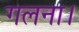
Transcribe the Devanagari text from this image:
गलना।